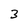
Character: 3